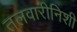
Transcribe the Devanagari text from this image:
तलवारीनिशी